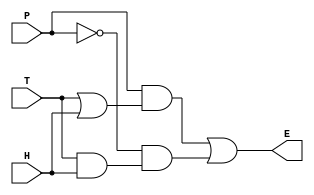
// This program was cloned from: https://github.com/regales/cpre281
// License: Apache License 2.0

module normal(P, T, H, E);

input P;
input T;
input H;
output E;

assign E=((P&(T|H))|((~P)&(T&H)));

endmodule